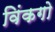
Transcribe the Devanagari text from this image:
विंकगो